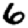
Digit: 6